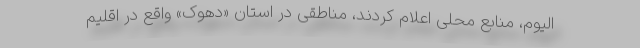
الیوم، منابع محلی اعلام کردند، مناطقی در استان «دهوک» واقع در اقلیم